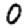
Digit: 0